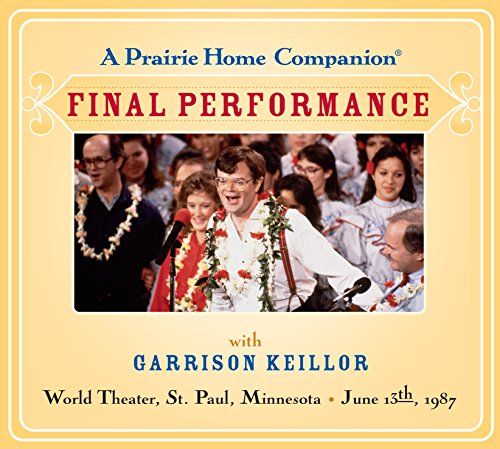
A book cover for A Prairie Home Companion: The Final Performance; Garrison Keillor; Humor & Entertainment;